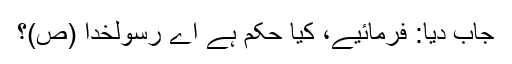
جاب دیا: فرمائیے، کیا حکم ہے اے رسولخدا (ص)؟